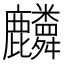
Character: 𪋷